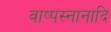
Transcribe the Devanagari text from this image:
वाष्पस्नानादि